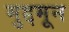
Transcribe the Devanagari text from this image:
मुद्दमून